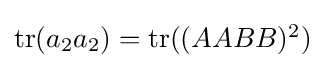
{\textstyle \operatorname {tr} (a_{2}a_{2})=\operatorname {tr} ((AABB)^{2})}